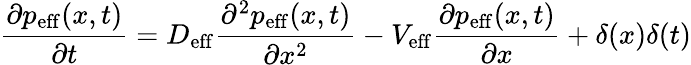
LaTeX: \frac{\partial p_{\mathrm{eff}}(x,t)}{\partial t}=D_{\mathrm{eff}}\frac{\partial^{2}p_{\mathrm{eff}}(x,t)}{\partial x^{2}}-V_{\mathrm{eff}}\frac{\partial p_{\mathrm{eff}}(x,t)}{\partial x}+\delta(x)\delta(t)